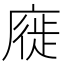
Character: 𢊚